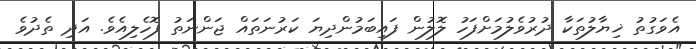
އެވަގުތު ޚިޔާލުތަކާ ދުރުވެލުމަށްފަހު ލޮލުން ފައިބަމުންދިޔަ ކަރުނަތައް ޖަންނަތު ފޮހެލިއެވެ. އަދި ތެދުވެ